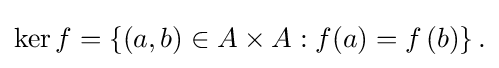
\ker f=\left\{\left(a,b\right)\in A\times A:f(a)=f\left(b\right)\right\}{\mbox{.}}